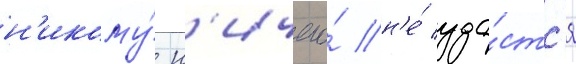
н'икому́ н'ичего́ н'е́ уда́стс'я